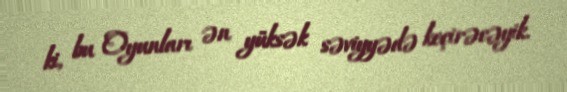
ki, bu Oyunları ən yüksək səviyyədə keçirəcəyik.